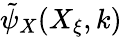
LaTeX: \tilde{\psi}_{X}(X_{\xi},k)